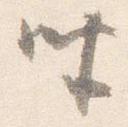
坐